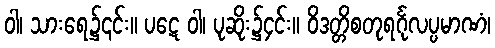
ဝါ၊ သားရေ၌၎င်း။ ပဋေ ဝါ၊ ပုဆိုး၌၄င်း။ ဝိဒတ္တိစတုရင်္ဂုလပ္ပမာဏံ၊